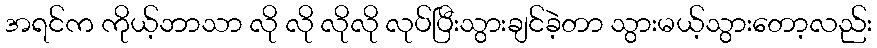
အရင်က ကိုယ့်ဘာသာ လို လို လိုလို လုပ်ပြီးသွားချင်ခဲ့တာ သွားမယ့်သွားတော့လည်း